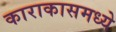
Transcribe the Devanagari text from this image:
काराकासमध्ये